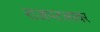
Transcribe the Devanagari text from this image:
राजपटलावर